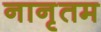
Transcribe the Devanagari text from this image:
नानृतम